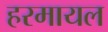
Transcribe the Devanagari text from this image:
हरमायल